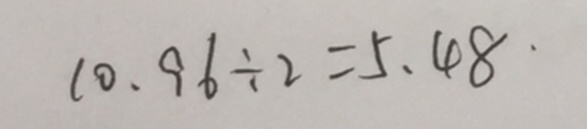
1 0 . 9 6 \div 2 = 5 . 4 8